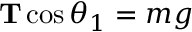
\mathbf { T } \cos \theta _ { 1 } = m g